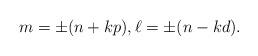
LaTeX: \begin{align*}m=\pm(n+kp), \ell=\pm(n-kd).\end{align*}